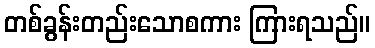
တစ်ခွန်းတည်းသောစကား ကြားရသည်။